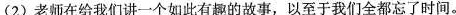
(2)老师在给我们讲一个如此有趣的故事，以至于我们全都忘了时间。